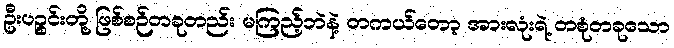
ဦးပဉ္စင်းတို့ ဖြစ်စဉ်တခုတည်း မကြည့်ဘဲနဲ့ တကယ်တော့ အားလုံးရဲ့ တစုံတခုသော